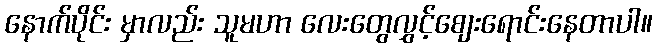
နောက်ပိုင်း မှာလည်း သူမဟာ လေးတွေလွှင့်စျေးရောင်းနေတာပါ။